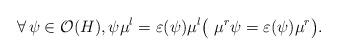
LaTeX: \begin{align*}\forall\, \psi \in \mathcal{O}(H), \psi\mu^l = \varepsilon(\psi)\mu^l \big( \ \mu^r\psi = \varepsilon(\psi)\mu^r\big).\end{align*}